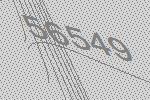
56549